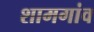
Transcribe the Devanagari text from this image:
शामगांव